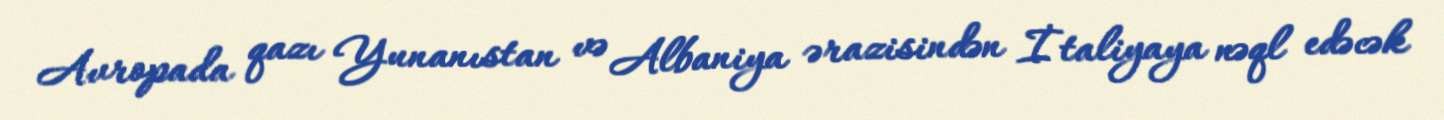
Avropada qazı Yunanıstan və Albaniya ərazisindən İtaliyaya nəql edəcək